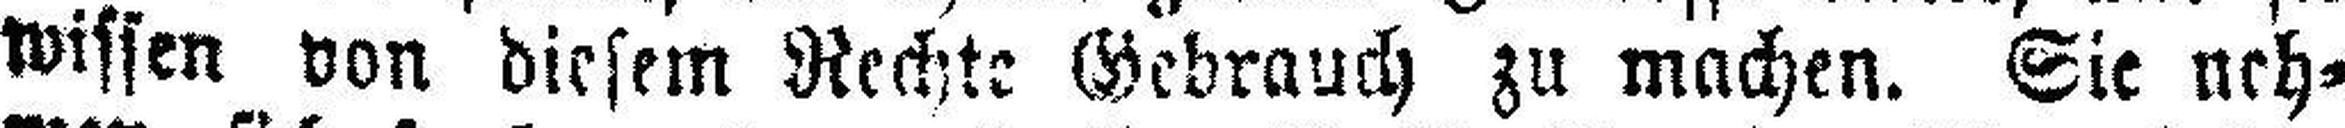
wissen von diesem Rechte Gebrauch zu machen. Sie neh¬